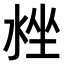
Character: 𣴳